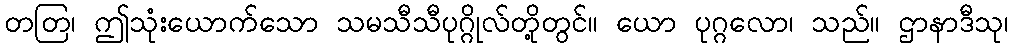
တတြ၊ ဤသုံးယောက်သော သမသီသီပုဂ္ဂိုလ်တို့တွင်။ ယော ပုဂ္ဂလော၊ သည်။ ဌာနာဒီသု၊